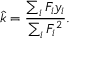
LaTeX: { \hat { k } } = { \frac { \sum _ { i } F _ { i } y _ { i } } { \sum _ { i } F _ { i } ^ { 2 } } } .